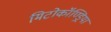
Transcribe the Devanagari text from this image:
मिटोकॉण्ड्रिया